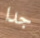
جدا